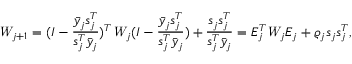
\emph W _ { j + 1 } = ( I - \frac { \bar { y } _ { j } s _ { j } ^ { T } } { s _ { j } ^ { T } \bar { y } _ { j } } ) ^ { T } \emph W _ { j } ( I - \frac { \bar { y } _ { j } s _ { j } ^ { T } } { s _ { j } ^ { T } \bar { y } _ { j } } ) + \frac { s _ { j } s _ { j } ^ { T } } { s _ { j } ^ { T } \bar { y } _ { j } } = E _ { j } ^ { T } \emph W _ { j } E _ { j } + \varrho _ { j } { s _ { j } s _ { j } ^ { T } } ,